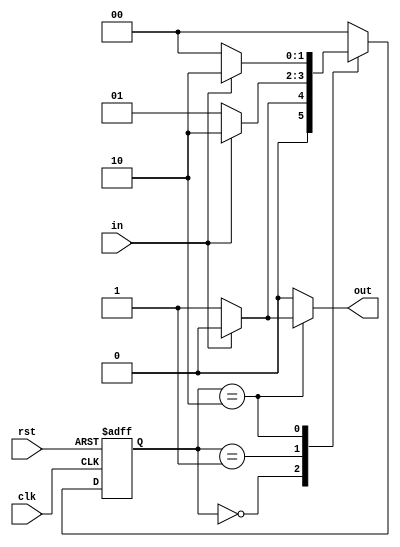
module Mealy_Machine
(
	input clk,
	input rst,
	input in,
	output reg out
);

parameter [1:0] S0 = 2'd0,
				S1 = 2'd1,
				S2 = 2'd2; //2'd3 Not need
				
reg [1:0] state, nxt_state;

always @(posedge clk or posedge rst) // rst also edge
begin 
	if(rst) state <= S0;
	else 	state <= nxt_state;
end

always @(state or in)
begin
	case(state)
	
	S0 : 
	begin 
		if(in)
		begin
			out <= 1'b0;
			nxt_state <= S0;
		end
	
		else
		begin
			out <= 1'b0;
			nxt_state <= S1;
		end
	end
	
	S1:
	begin 
		if(in)
		begin
			out <= 1'b0;
			nxt_state <= S2;
		end
	
		else
		begin
			out <= 1'b0;
			nxt_state <= S1;
		end
	end

	S2:
	begin 
		if(in)
		begin
			out <= 1'b0;
			nxt_state <= S2;
		end
	
		else
		begin
			out <= 1'b1;
			nxt_state <= S0;
		end
	end
	
	default :
	begin
		out <= 1'b0;
		nxt_state <= S0;
	end
	endcase
end

endmodule